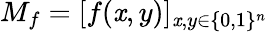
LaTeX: M_{f}=[f(\mathit{x},y)]_{\mathit{x},y\in\{ 0,1\} ^{n}}